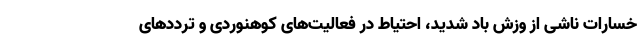
خسارات ناشی از وزش باد شدید، احتیاط در فعالیت‌های کوهنوردی و ترددهای